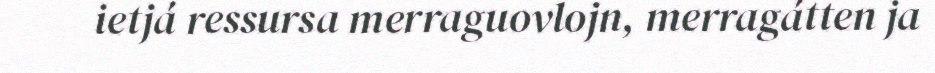
ietjá ressursa merraguovlojn, merragátten ja